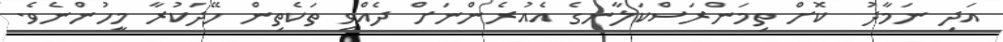
އަދި ނަމާދު  ކޮށް ތިމަންރަސްކަލާނގެ އެއުރެންނަށް ދެއްވި ތަކެތިން ހޭދަކުރާ މީހުންނެވެ.